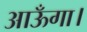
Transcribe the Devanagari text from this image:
आऊँगा।